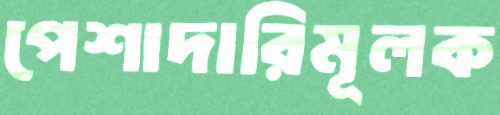
পেশাদারিমূলক